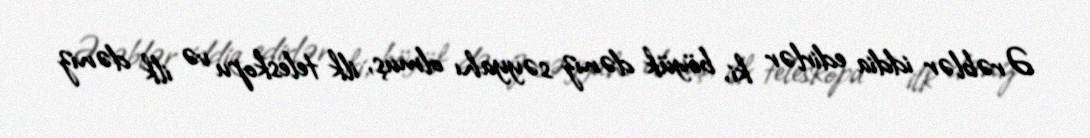
Ərəblər iddia edirlər ki, böyük dəniz səyyahı olmuş, ilk teleskopu və ilk dəniz